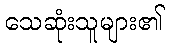
သေဆုံးသူများ၏